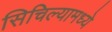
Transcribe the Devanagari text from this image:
सिचिल्यामध्ये